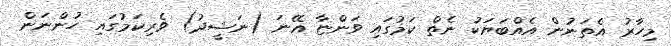
މިހާރު އެތަނުން އެއްބަޔަކު ނެތް ކަމުގައި ވަންޏާ އޭނަ (ނަޝީދު) ވެރިކަމުގައި ހުންނަން